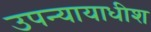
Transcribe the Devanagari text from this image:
उपन्यायाधीश